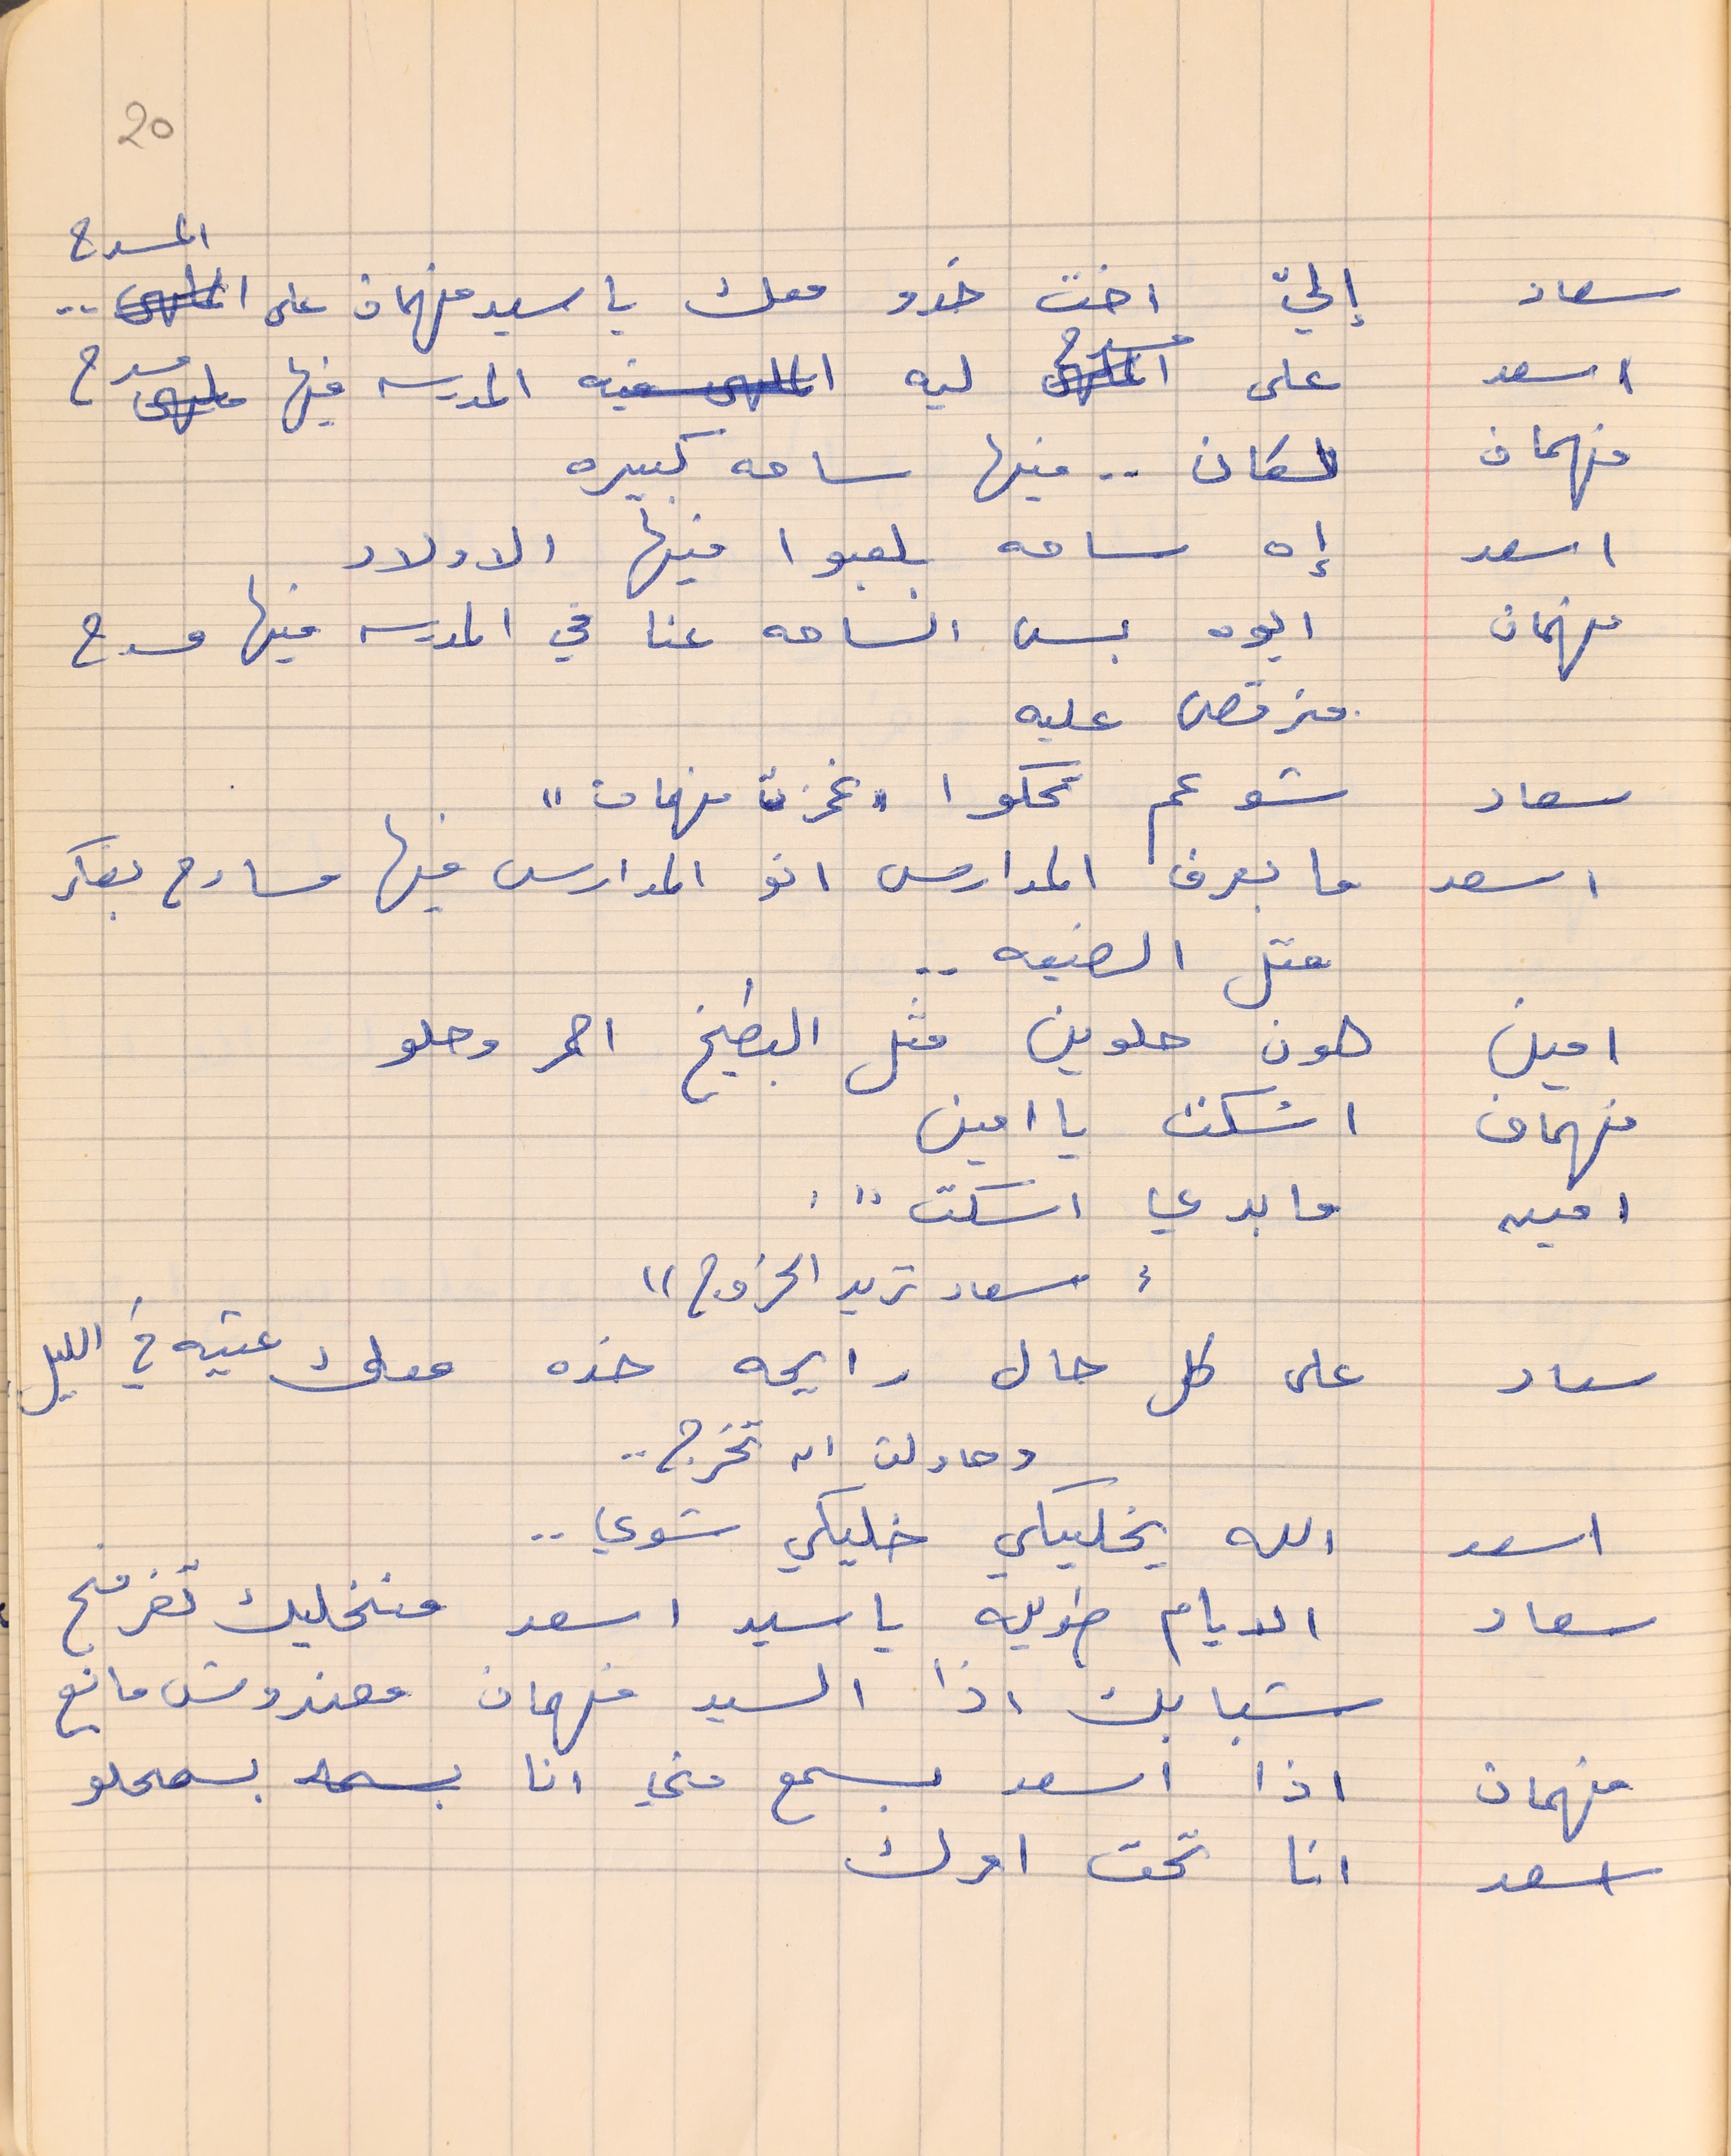
20
سعاد   إليّ اخت خدو معك يا سيد فهمان على المسرح . .
اسعد    على مسرح ليه المدرسه فيها مسرح
فهمان   لكان . .  فيها ساحه كبيره
اسعد    إه ساحه بلعبوا فيها الاولاد
فهمان    ايوه بس الساحه عنا في المدرسه فيها مسرح
منرقص عليه
سعاد     شو عم تحكوا "غمزت فهمان"
اسعد    ما بعرف المدارس انو المدارس فيها مسارح بفكر
متل الضيعه . .
امين      هون حلوين متل البطيخ احمر وحلو
فهمان     اسْكت يا امين
امين       ما بدي اسكت . . .
سعاد       على كل حال رايحه خده معك عتيه في الليل
اسعد    الله يخليكي خليكي شوي . .
سعاد       الايام طويله يا سيد اسعد منخليك تفرفح
شبابك اذا السيد فهمان معندوش مانع
فهمان     اذا اسعد بسمع مني انا بسمحلو
اسعد        انا تحت امرك
"سعاد تريد الخروج"
وحاولت ان تخرج  . .